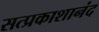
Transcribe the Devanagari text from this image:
सत्प्रकाशानंद